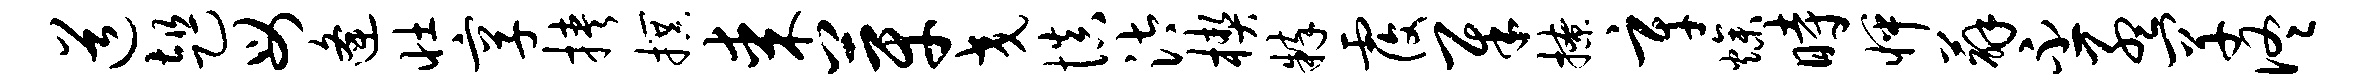
道趄母逄壮享挟撰某芽交慎汰楔粹覆犀撩辛燥时怦薜丕孟罕佟